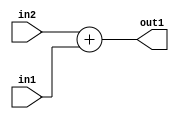
`timescale 1ps / 1ps
/*****************************************************************************
    Verilog RTL Description
    
    
    Created by: Stratus DpOpt 21.05.01 
*******************************************************************************/

module Filter_Add_11Ux9U_11U_1 (
	in2,
	in1,
	out1
	); /* architecture "behavioural" */ 
input [10:0] in2;
input [8:0] in1;
output [10:0] out1;
wire [10:0] asc001;

assign asc001 = 
	+(in2)
	+(in1);

assign out1 = asc001;
endmodule

/* CADENCE  ubH2TwA= : u9/ySxbfrwZIxEzHVQQV8Q== ** DO NOT EDIT THIS LINE ******/